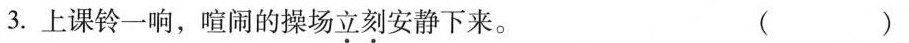
3.上课铃一响，喧闹的操场立刻安静下来。（）